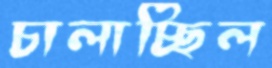
চালাচ্ছিল